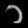
Digit: ၁